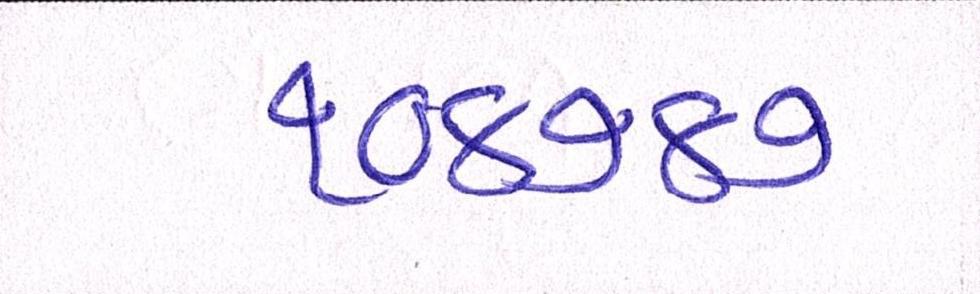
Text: ૧૦૪૭૪૭